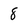
Character: 8